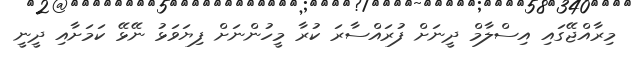
މިރާއްޖޭގައި އިސްލާމް ދީނަށް ފުރައްސާރަ ކުރާ މީހުންނަށް ފިޔަވަޅު ނޭޅޭ ކަމަށާއި ދީނީ